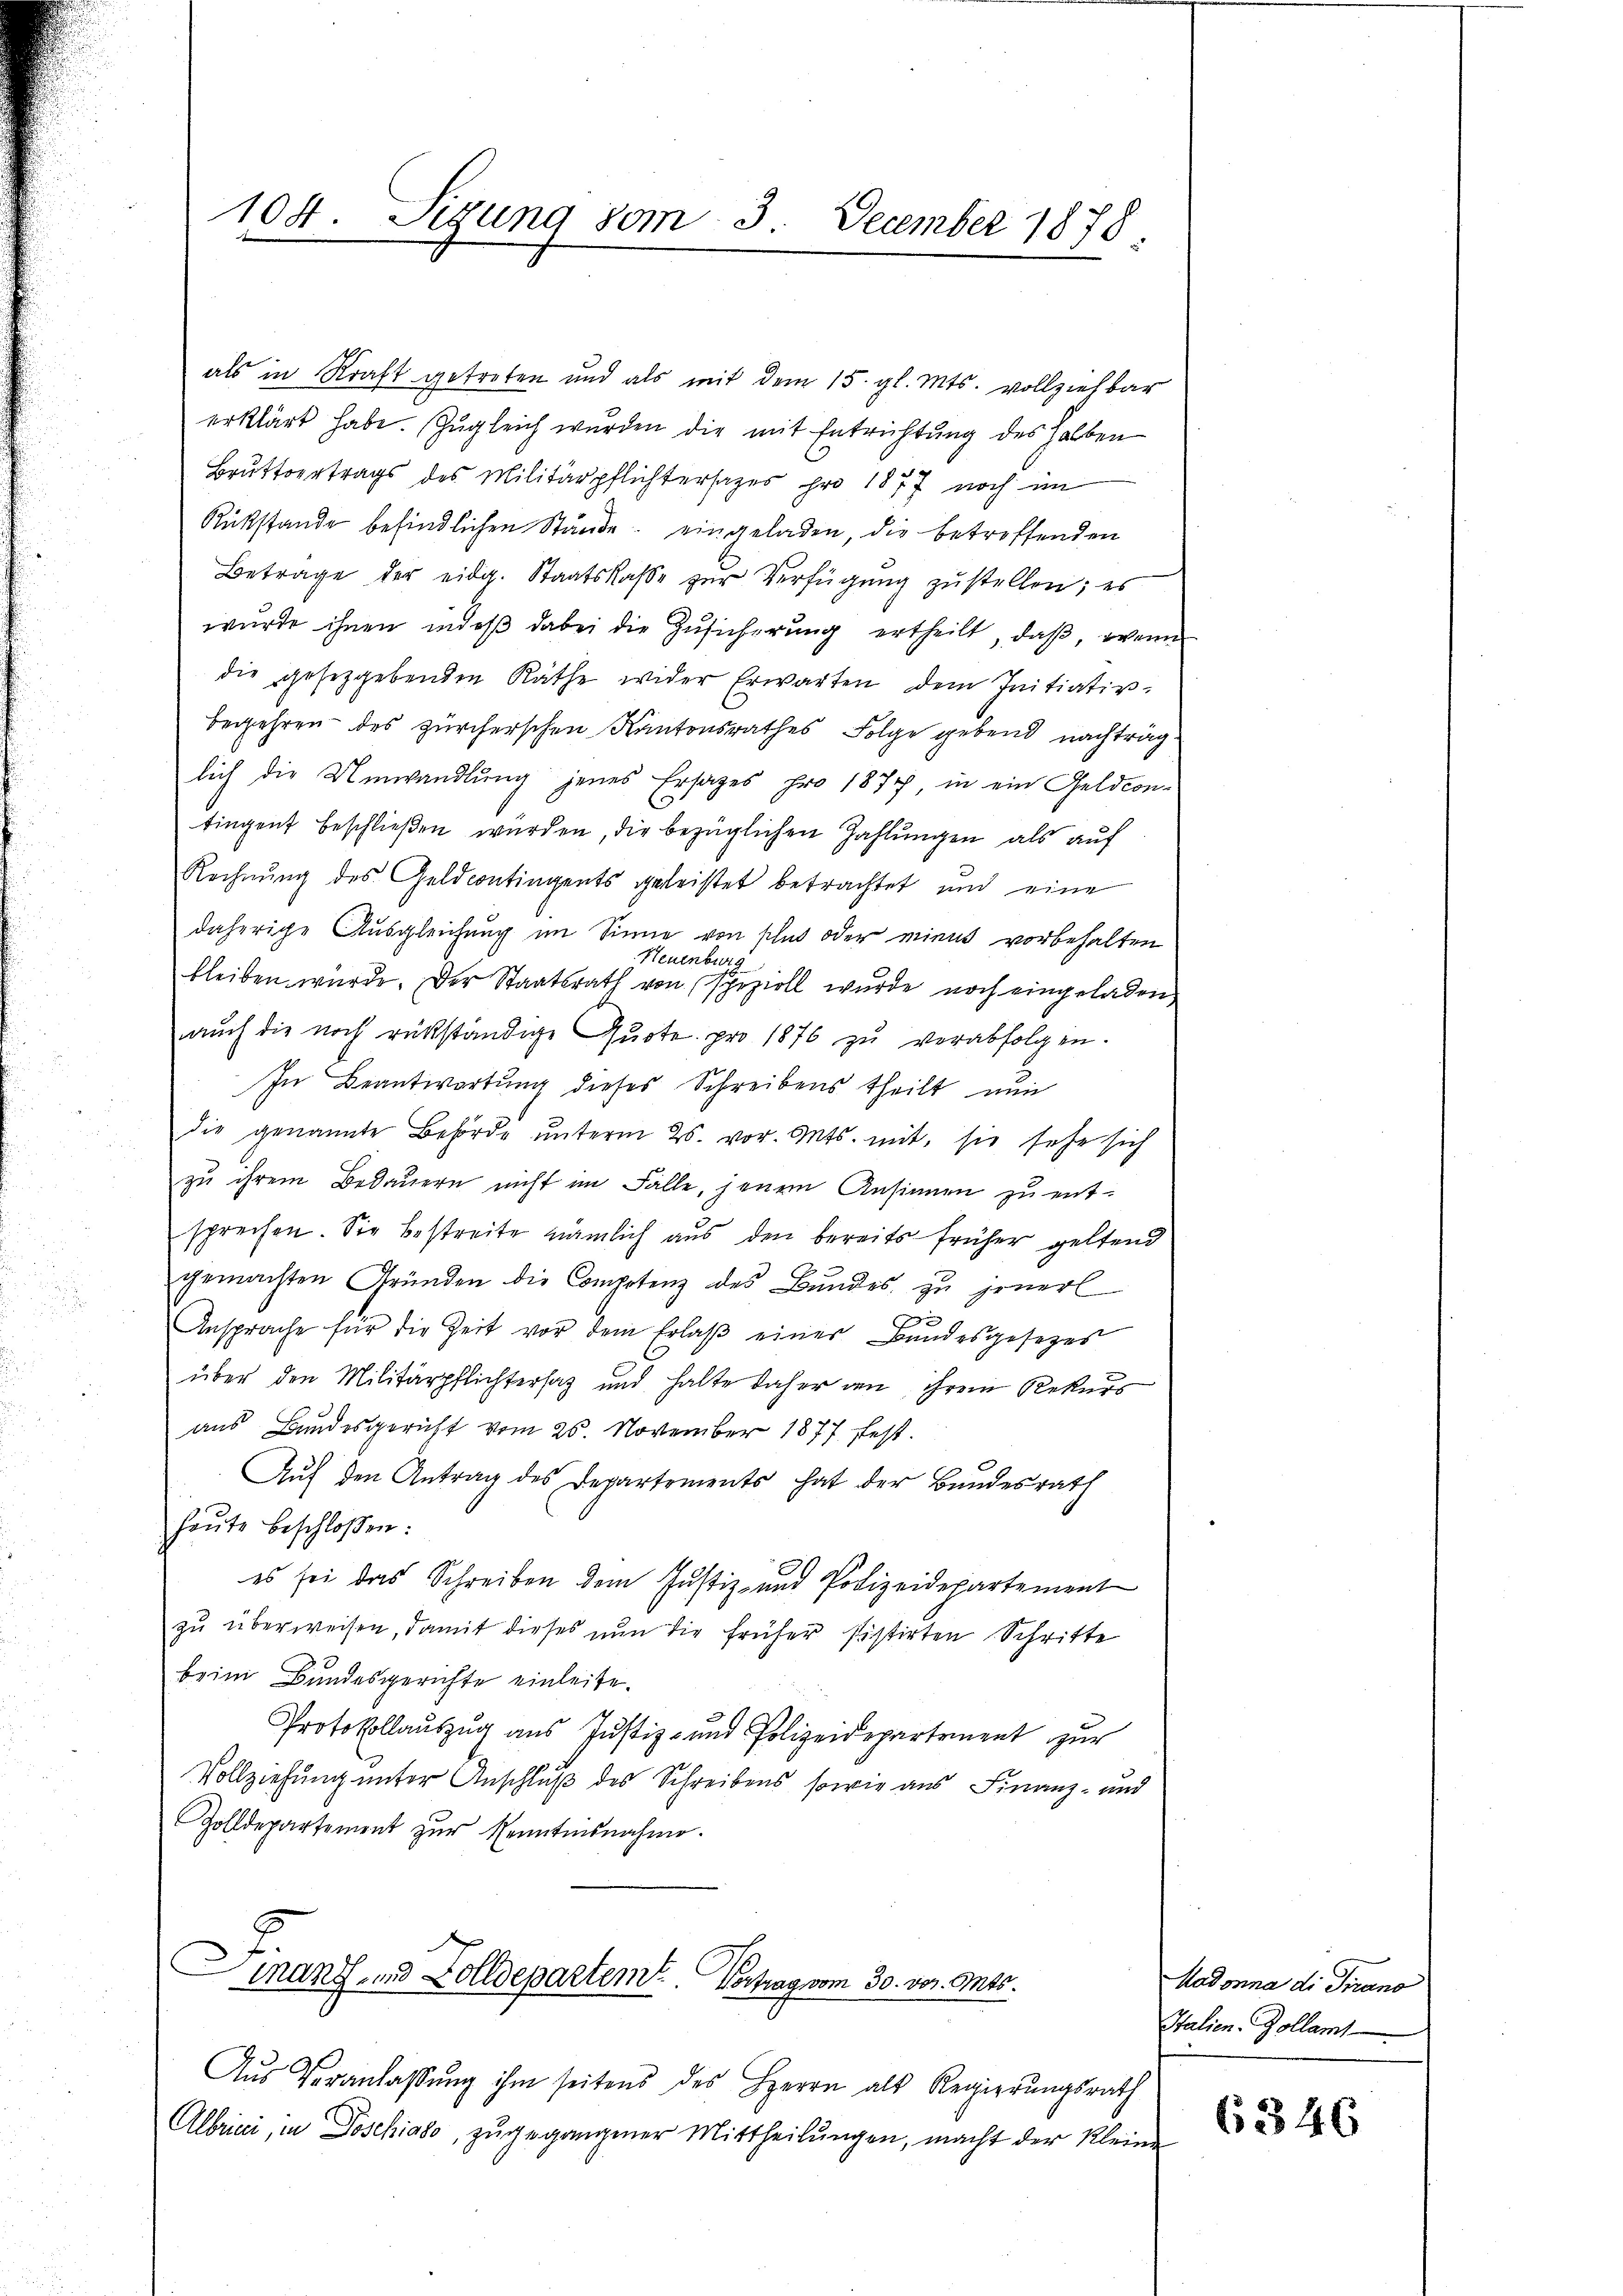
104. Sizung vom 3. December 1878.

als in Kraft getreten und als mit dem 15. gl. Mts. vollziehbar
erklärt habe. Zugleich wurden die mit Entrichtung des halben
Bruttertrags des Militärpflichtersages pro 1877 noch im
Rükstände befindlichen Stände eingeladen, die betreffenden
Betrage der eidg. Staatskasse zur Verfügung zustellen; es
wurde ihnen indeß dabei die Zŭsicherung ertheilt, daß, wenn
die gesetzgebenden Räthe wider Erwarten dem Initiativ-
begehren des zürcherschen Kantonsrathes Folge gebend nachtrag
lich die Umwandlung jenes Ersatzes pro 1877, in ein Geldcon-
tingent beschließen wurden, die bezüglichen Zahlungen als auf
Rechnung des Geldcontingents geleistet betrachtet und eine
daherige Ausgleichung im Sinne von schn oder mient vorbehalten
Neuenburg
bleiben wurde. Der Staatsrath von speziell wurde noch eingeladen,
aŭch die noch rükständige Quote pro 1876 zŭ verabfolgen.
In Beantwortung dieses Schreibens theilt nun
die genannte Behörde ŭnterm 25. vor. Mts. mit, sie sehr sich
zu ihrem Bedauern nicht im Falle, jenem Ansinnen zu ent-
sprechen. Sie bestreite nämlich aus den bereits früher geltend
gemachten Gründen die Competenz des Bŭndes zŭ jenerl
Ansprache für die Zeit vor dem Erlaβ einer Bundesgesetzes
über den Militärpflichtersatz und halte daher den ihrem Rekurs
aus Bundesgericht vom 25. November 1877 fest.
Auf den Antrag des Departements hat der Bundesrath
heŭte beschlossen:
es sei das Schreiben dem Justiz- und Polizeidepartement
zu überweisen, damit dieses nun die früher sistirten Schritte
beim Bundesgerichte einleite.
Protokollauszug aus Justiz- und Polizeidepartement zur
Vollziehung unter Anschluß des Schreibens, sowie aus Finanz- und
Zolldepartement zŭr Kenntnisnahme.
Finanz- und Zolldepartem Vortrag vom 30. vor. Mts.
Aŭs Veranlaβŭng ihm seitens des HHerrn als Regierŭngsrath
Albrica, in Doschiavo, zugegangener Mittheilŭngen, macht der Kleine

Madonna di Pirano
Italien-Zollamt

(1346